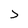
Character: j